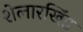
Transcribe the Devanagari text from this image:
शेलारखिंड